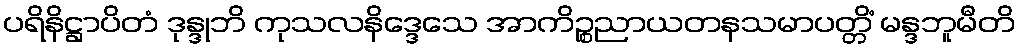
ပရိနိဋ္ဌာပိတံ ဒုန္ဒုဘိ ကုသလနိဒ္ဒေသေ အာကိဉ္စညာယတနသမာပတ္တိံ မန္ဒဘူမီတိ